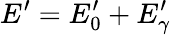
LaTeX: E^{\prime}=E_{0}^{\prime}+E_{\gamma}^{\prime}